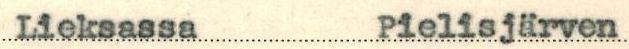
Lieksassa Pielisjärven